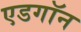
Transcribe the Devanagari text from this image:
एडगॉन